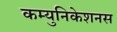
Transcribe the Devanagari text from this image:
कम्युनिकेशनस